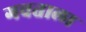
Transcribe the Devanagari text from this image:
गवताला